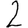
Digit: 2